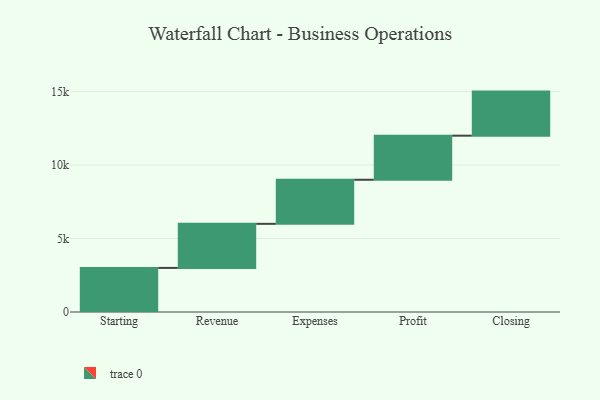
{"axis": {"x": "Step", "y": "Value"}, "legend": [""], "data": [{"x": "Starting", "y": 3000, "type": ""}, {"x": "Revenue", "y": 3000, "type": ""}, {"x": "Expenses", "y": 3000, "type": ""}, {"x": "Profit", "y": 3000, "type": ""}, {"x": "Closing", "y": 3000, "type": ""}]}